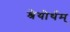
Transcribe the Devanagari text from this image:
श्रेयोर्थम्‌